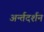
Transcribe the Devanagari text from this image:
अर्न्तदर्शन